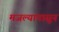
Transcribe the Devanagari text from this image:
मजल्यापासून